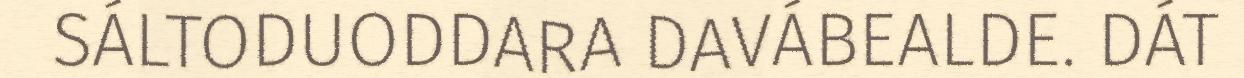
SÁLTODUODDARA DAVÁBEALDE. DÁT